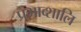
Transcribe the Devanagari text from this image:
प्रभाव्शालि